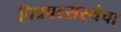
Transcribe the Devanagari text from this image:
चित्रपटसंस्थेचा